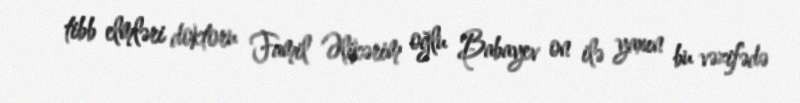
tibb elmləri doktoru Famil Əlikərim oğlu Babayev on ilə yaxın bu vəzifədə